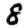
Digit: 8